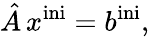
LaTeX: {\hat{A}}\, {x}^{\mathrm{ini}}={b}^{\mathrm{ini}},